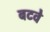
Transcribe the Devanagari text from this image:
बटवे